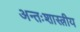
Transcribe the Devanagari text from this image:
अन्तःशास्त्रीय